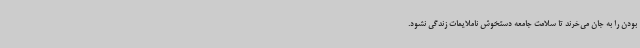
بودن را به جان می‌خرند تا سلامت جامعه دستخوش ناملایمات زندگی نشود.